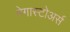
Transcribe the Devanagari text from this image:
मेगास्टोअर्स